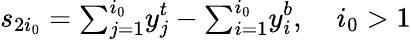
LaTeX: s_{2i_{0}}={\textstyle\sum_{j=1}^{i_{0}}}y_{j}^{t}-{\textstyle\sum_{i=1}^{i_{0}}}y_{i}^{b},\; \; \; \ i_{0}>1